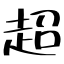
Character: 超